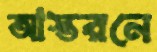
আস্তরনে